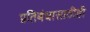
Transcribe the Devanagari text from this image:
प्रतिबंधासाठीही